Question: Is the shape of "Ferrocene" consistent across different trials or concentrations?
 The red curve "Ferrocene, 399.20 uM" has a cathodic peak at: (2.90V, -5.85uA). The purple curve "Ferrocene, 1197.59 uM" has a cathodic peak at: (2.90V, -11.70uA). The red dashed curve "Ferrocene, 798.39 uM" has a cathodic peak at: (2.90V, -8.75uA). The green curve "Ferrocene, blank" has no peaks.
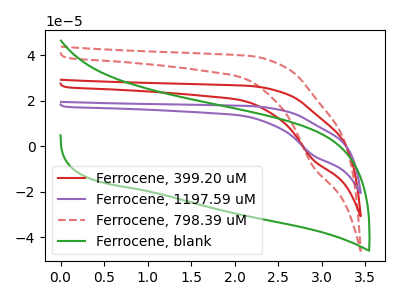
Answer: <think>All the peaks in "Ferrocene, 399.20 uM" have a peak in "Ferrocene, 1197.59 uM" at the same potential. Every peak in "Ferrocene, 399.20 uM" is lower than every peak in "Ferrocene, 1197.59 uM". All the peaks in "Ferrocene, 399.20 uM" have a peak in "Ferrocene, 798.39 uM" at the same potential. Every peak in "Ferrocene, 399.20 uM" is lower than every peak in "Ferrocene, 798.39 uM". "Ferrocene, 399.20 uM" and "Ferrocene, blank" have a different number of peaks. All the peaks in "Ferrocene, 1197.59 uM" have a peak in "Ferrocene, 798.39 uM" at the same potential. Every peak in "Ferrocene, 1197.59 uM" is higher than every peak in "Ferrocene, 798.39 uM". "Ferrocene, 1197.59 uM" and "Ferrocene, blank" have a different number of peaks. "Ferrocene, 798.39 uM" and "Ferrocene, blank" have a different number of peaks.
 </think>
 <answer>All the CV's of "Ferrocene" have similar shape.</answer>
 <eval>follow_rule</eval>